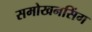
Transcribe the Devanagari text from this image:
समोखनसिंग